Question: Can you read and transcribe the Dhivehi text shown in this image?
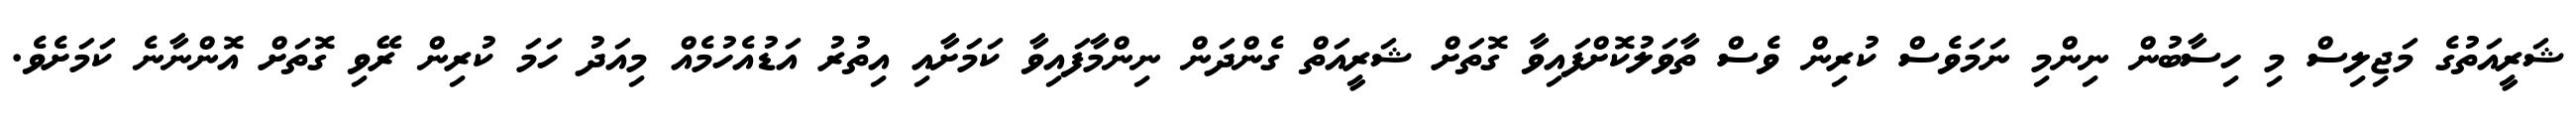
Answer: ޝަރީއަތުގެ މަޖިލިސް މި ހިސާބުން ނިންމި ނަމަވެސް ކުރިން ވެސް ތާވަލުކޮށްފައިވާ ގޮތަށް ޝަރީއަތް ގެންދަން ނިންމާފައިވާ ކަމަށާއި އިތުރު އަޑުއެހުމެއް މިއަދު ހަމަ ކުރިން ރޭވި ގޮތަށް އޮންނާނެ ކަމަށެވެ.